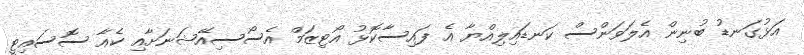
އަޅުގަނޑު ބުނިން އެލަވަންސް ކަނޑައިލިއްޔާ އެ ފައިސާކޮޅު އޯޓިޒަމް އެސޯސިއޭޝަނަށާއި ކެއާ ސޮސައިޓީ